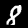
Digit: 8